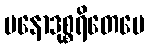
မနောဒုစ္စရိတေပေ